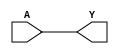
module BUF(A, Y);
   input A;
   output Y;
   assign Y = A;
endmodule // BUF

//----------------------------------------

module NOT(A, Y);
   input A;
   output Y;
   assign  #2.7 Y = ~A;
endmodule // NOT

//----------------------------------------

module NAND(A, B, Y);
   input A, B;
   output Y;
   assign #4.5 Y = ~(A & B);
endmodule // NAND

//----------------------------------------

module NOR(A, B, Y);
   input A, B;
   output Y;
   assign  #7.6 Y = ~(A | B);
endmodule // NOR

//----------------------------------------

module DFF(C, D, Q);
   input C, D;
   output reg Q;
   always @(posedge C)
     Q <= D;
endmodule // DFF

//----------------------------------------

module DFFSR(C, D, Q, S, R);
   input C, D, S, R;
   output reg Q;
   always @(posedge C, posedge S, posedge R)
     if (S)
       Q <= 1'b1;
     else if (R)
       Q <= 1'b0;
     else
       Q <= D;
endmodule // DFFSR

//----------------------------------------